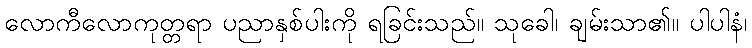
လောကီလောကုတ္တရာ ပညာနှစ်ပါးကို ရခြင်းသည်။ သုခေါ၊ ချမ်းသာ၏။ ပါပါနံ၊